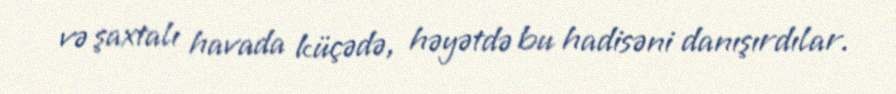
və şaxtalı havada küçədə, həyətdə bu hadisəni danışırdılar.